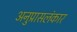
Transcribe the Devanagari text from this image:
अनुप्रासलंकार